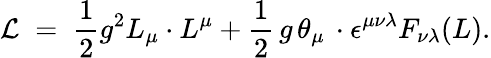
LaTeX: {\cal L}\; =\; \frac{1}{2}g^{2}L_{\mu}\cdot L^{\mu}+\frac{1}{2}\, g\, \theta_{\mu}\, \cdot\epsilon^{\mu\nu\lambda}F_{\nu\lambda}(L).